King Institute of Preventive Medicine Micro-Biological Section reports 1909-11
Year: 1909
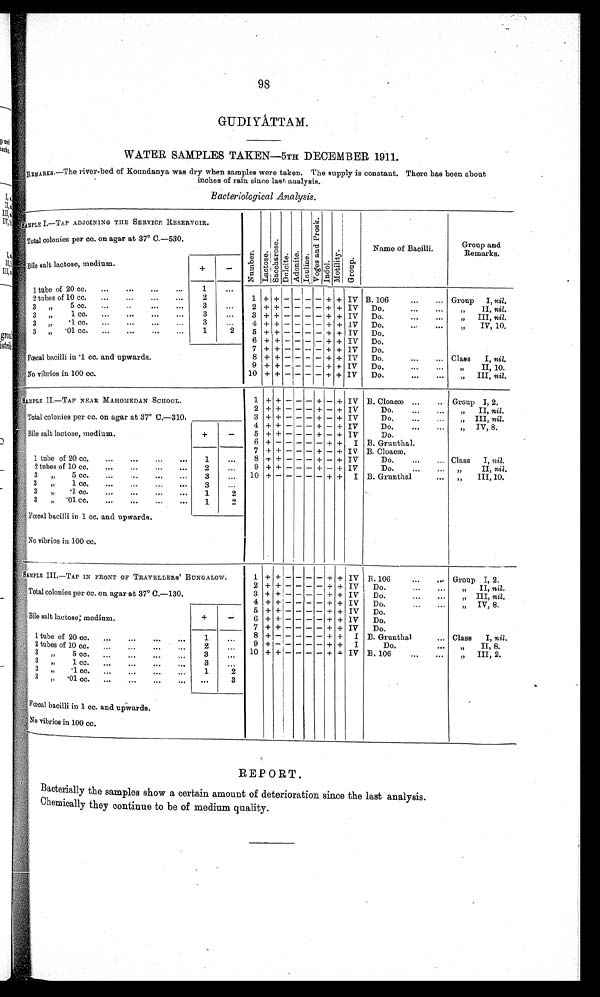
98
GUDI YÁTTAM.
WATER SAMPLES TAKEN—5TH DECEMBER 1911.
REMARKS.—The river-bed of Koundanya was dry when samples were taken. The supply is constant. There has been about
i
nches of rain since last analysis.
Bacteriological Analysis.
SAMPLE I.—TAP ADJOINING THE SERVICE RESERVOIR.
N u m b e r .
L a c o t e s .
S a c c h a r o s e .
D n l c i t e .
A d o n i t e .
I n u l i n e .
V o d e s a n d P r o s k .
I n d o l .
M o t i l i t y .
G r o u p .
Name of Bacilli.
Group and
Remarks.
Total colonies per cc. on agar at 37° C.—530.
Bile salt lactose, medium.
+
-
1 tube of 20 cc. . . .
1
. . .
2
. . .
1 + + - - - - + + IV B. 106 . . . Group I, nil.
2 tubes of 10 cc. . . .
3
. . .
2 + +
- - - - + + IV
Do. . . .
" I I ,n
i l .
3 " 5 cc. . . .
3
"
1 cc. . . .
3
. . .
3 + +
- - -
- + + IV
Do. . . .
" I I I ,n
i l .
3
. . .
4 + +
- - -
- + + 1V
Do.. . .
" I V , 1 0 ,
3 " .1 cc. . . .
1
2
5 + + - - - - +
+ IV
Do. . . .
3 " .01
cc.
. . .
6 + +
- - -
- + + IV
Do. . . .
Fœcal bacilli in .1 cc. and upwards.
7 + +
- - - - + + IV
Do.
8 + + - - - - + + IV
Do. . . .
Class
I, nil.
9 + + - - - - + + IV
Do. . . .
"
II, 10.
No vibrios in 100 cc.
10 + + -
- - - + + IV
Do.
" I I I ,n
i l .
SAMPLE II.—TAP NEAR MAHOMEDAN SCHOOL.
1
+ + -
-
- +
- + IV B. Cloacæ . . .
Group I, 2.
2
+ + -
- - +
- + IV
Do. . . .
" I I ,n
i l .
Total colonies per cc. on agar at 37° C.—310.
3 + + -
- - +
- + IV
Do. . . .
"
III, nil.
4 + + -
- - +
- + IV
Do. . . .
"
IV, 8.
Bile salt lactose, medium.
+
-
5 + + -
- - +
- + IV
Do. . . .
6
+ -_ -
- - - + +
I B. Grunthal,
1 tube of 20 cc. . . .
1
. . . 7
+ + -
- - +
- + IV B. Cloacæ.
8 + + -
- - +
- + IV
Do. . . .
Class
I, nil.
9 + + - - - + - + IV
Do. . . .
„"
II, nil.
. . .
2 tubes of 10 cc. . . .
2
10
+ - -
- - - + +
I B. Grunthal . . .
" I I I , 10.
3
"
5 cc. . . .
3
. . .
3
"
1 cc. . . .
3
. . .
3
"
.1 cc. . . .
1
2
3
"
.01 cc. . . .
1
2
Fœcal bacilli in 1 cc. and upwards.
No vibrios in 100 cc.
SAMPLE III.—TAP IN FRONT OF TRAVELLERS ' BUNGALOW.
1 +
+ -
- - - + + IV B. 106 . . . Group I, 2.
2 + + -
- - - + + IV
Do. . . .
" I I ,n
i l .
Total colonies per cc. on agar at 37° C.—130.
3 + + - - - - + + IV Do. . . .
„ III, nil.
4 +
+ -
- -
- + + IV
Do.. . .
" I V ,
8 .
Bile salt lactose; medium.
+
-
5 + + - - - - + + IV Do. . . .
6 + + -
- - - + + 1V
Do. . . .
7 + + -
- - - +
+ IV
Do. . . .
1 tube of 20 cc. . . .
1
. . .
8
+ - -
-
- - + +
I B. Grunthal . . . Class
I, nil.
9 +
- -
-
- - + +
I
Do. . . .
" I I , 8
2
2 tubes of 10 cc. . . .
. . .
10 + + -
- - - + + IV B . 1 0 6 . . .
III, 2.
3
3
" 5cc. . . .
. . .
3
. . .
3 " 1 c c . . . .
1
2
3 "
1 cc. . . .
3 " .01 cc. . . .
. . .
3
Fœcal bacilli in 1 cc. and upwards.
No vibrios in 100 cc.
REPORT.
Bacterially the samples show a certain amount of deterioration since the last analysis.
Chemically they continue to be of medium quality.